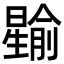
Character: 𪱎